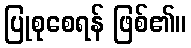
ပြုစုစေရန် ဖြစ်၏။